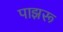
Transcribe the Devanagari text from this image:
पाझरू